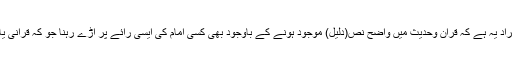
تقلید شخصی سے ہماری مراد یہ ہے کہ قرآن وحدیث میں واضح نص(دلیل) موجود ہونے کے باوجود بھی کسی امام کی ایسی رائے پر اڑے رہنا جو کہ قرآنی یا حدیثی نص کے خلاف ہو۔